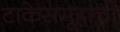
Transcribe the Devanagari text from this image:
टाकेसमूहाची